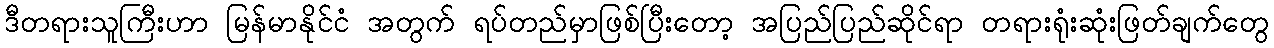
ဒီတရားသူကြီးဟာ မြန်မာနိုင်ငံ အတွက် ရပ်တည်မှာဖြစ်ပြီးတော့ အပြည်ပြည်ဆိုင်ရာ တရားရုံးဆုံးဖြတ်ချက်တွေ